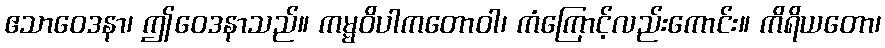
ဧသာဝေဒနာ၊ ဤဝေဒနာသည်။ ကမ္မဝိပါကတောဝါ၊ ကံကြောင့်လည်းကောင်း။ ကိရိယတော၊